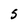
Character: 5